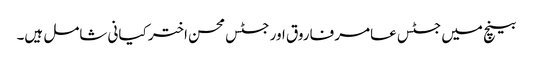
بینچ میں جسٹس عامر فاروق اور جسٹس محسن اختر کیانی شامل ہیں۔